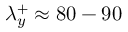
\lambda _ { y } ^ { + } \approx 8 0 - 9 0